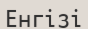
Енгізі